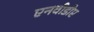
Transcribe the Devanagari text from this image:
एनवीडीए